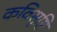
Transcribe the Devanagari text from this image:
कविसृष्टि